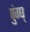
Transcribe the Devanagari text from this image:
पुंग्घ्